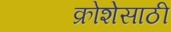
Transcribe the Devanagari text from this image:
क्रोशेसाठी